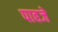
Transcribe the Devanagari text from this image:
पाहजे